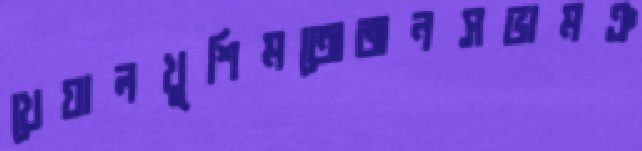
খেয়ালখুশিমতোজনসভামঞ